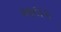
ભાલક